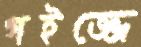
গইজ্জে